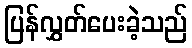
ပြန်လွှတ်ပေးခဲ့သည်